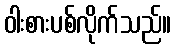
ဝါးစားပစ်လိုက်သည်။